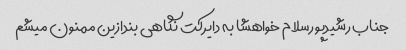
جناب رشیدپورسلام خواهشا به دایرکت نگاهی بندازین ممنون میشم